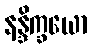
နန္ဒိက္ခယော